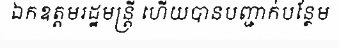
ឯកឧត្តមរដ្ឋមន្ត្រី ហើយបានបញ្ជាក់បន្ថែម